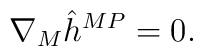
\nabla_M \hat h^{MP} = 0.